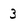
Character: 3